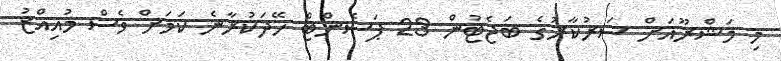
މި މަޝްރޫއަށް ސަރުކާރުގެ ބަޖެޓުން 23 ޕަސެންޓް ހޭދަކުރާނެ ކަމަށް ވެސް މުއިއްޒު